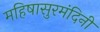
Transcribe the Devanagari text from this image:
महिषासुरमंदिनी